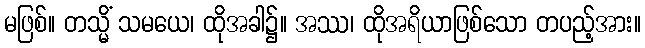
မဖြစ်။ တသ္မိံ သမယေ၊ ထိုအခါ၌။ အဿ၊ ထိုအရိယာဖြစ်သော တပည့်အား။